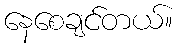
နေစေချင်တယ်။